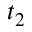
t _ { 2 }